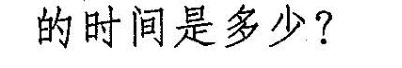
的时间是多少?